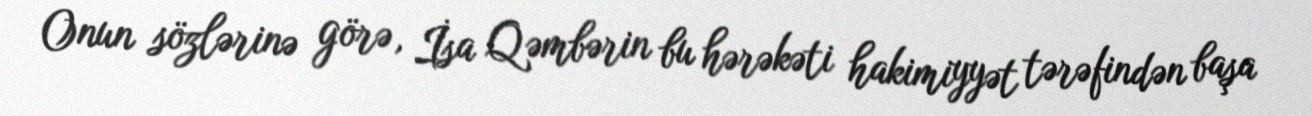
Onun sözlərinə görə, İsa Qəmbərin bu hərəkəti hakimiyyət tərəfindən başa